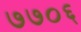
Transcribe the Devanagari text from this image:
७७०६